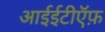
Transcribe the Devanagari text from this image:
आईईटीऍफ़